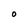
Character: O